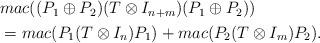
LaTeX: \begin{align*}\begin{aligned}&mac((P_1 \oplus P_2)(T \otimes I_{n+m})(P_1 \oplus P_2)) \\&= mac(P_1(T \otimes I_n)P_1) + mac(P_2(T \otimes I_m)P_2).\end{aligned}\end{align*}